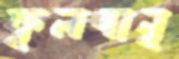
ফুলবানু